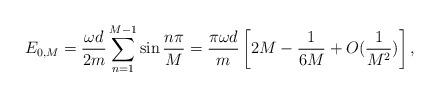
LaTeX: \begin{align*}E_{0,M} = {\omega d\over 2m}\sum_{n=1}^{M-1}\sin{n\pi\over M} = {\pi\omega d\over m}\left[{2}M - {1\over 6M} + O({1\over M^2})\right],\end{align*}